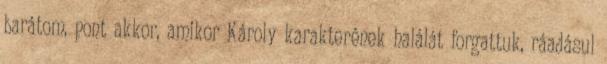
barátom, pont akkor, amikor Károly karakterének halálát forgattuk, ráadásul